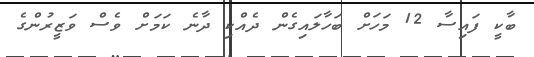
ބާކީ ފައިސާ 12 މަހަށް ބަހާލައިގެން ދެއްކި ދާނެ ކަމަށް ވެސް ވަޒީރުންގެ